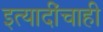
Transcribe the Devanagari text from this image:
इत्यादींचाही